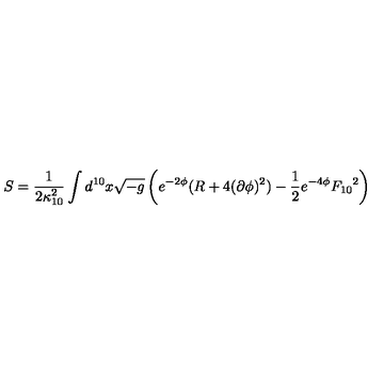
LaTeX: S = \frac { 1 } { 2 \kappa _ { 1 0 } ^ { 2 } } \int d ^ { 1 0 } x \sqrt { - g } \left( e ^ { - 2 \phi } ( R + 4 ( \partial \phi ) ^ { 2 } ) - \frac { 1 } { 2 } e ^ { - 4 \phi } { F _ { 1 0 } } ^ { 2 } \right)